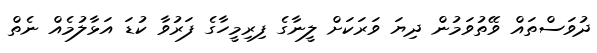
ދުވަސްތައް ވޭތުވަމުން ދިޔަ ވަރަކަށް ލީނާގެ ފިރިމީހާގެ ފަރުވާ ކުޑަ އަޅާލުމެއް ނެތް